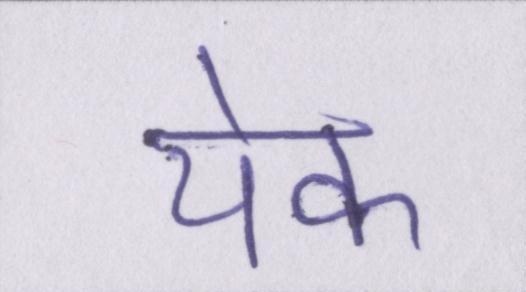
येक